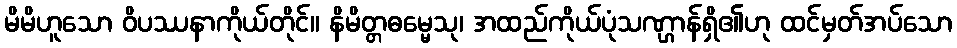
မိမိဟူသော ဝိပဿနာကိုယ်တိုင်။ နိမိတ္တဓမ္မေသု၊ အထည်ကိုယ်ပုံသဏ္ဌာန်ရှိ၏ဟု ထင်မှတ်အပ်သော